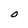
Character: O